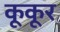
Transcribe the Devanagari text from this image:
कूकूर